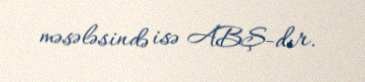
məsələsində isə ABŞ-dır.